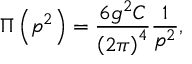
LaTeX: \Pi \left( p ^ { 2 } \right) = \frac { 6 g ^ { 2 } C } { \left( 2 \pi \right) ^ { 4 } } \frac 1 { p ^ { 2 } } ,